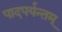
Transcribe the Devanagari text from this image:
पादपर्यन्तम्‌